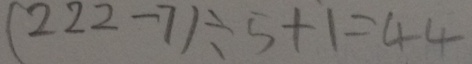
( 2 2 2 - 7 ) \div 5 + 1 = 4 4